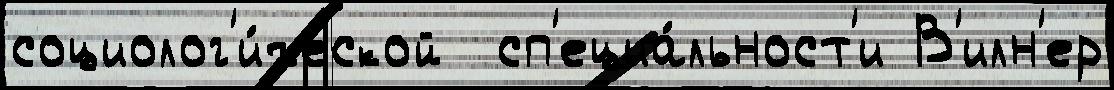
социолог'и́ческой  сп'ециа́льност'и В'илн'ер